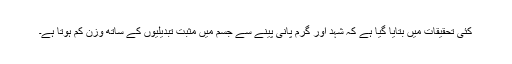
کئی تحقیقات میں بتایا گیا ہے کہ شہد اور گرم پانی پینے سے جسم میں مثبت تبدیلیوں کے ساتھ وزن کم ہوتا ہے۔